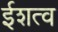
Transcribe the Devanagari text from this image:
ईशत्व